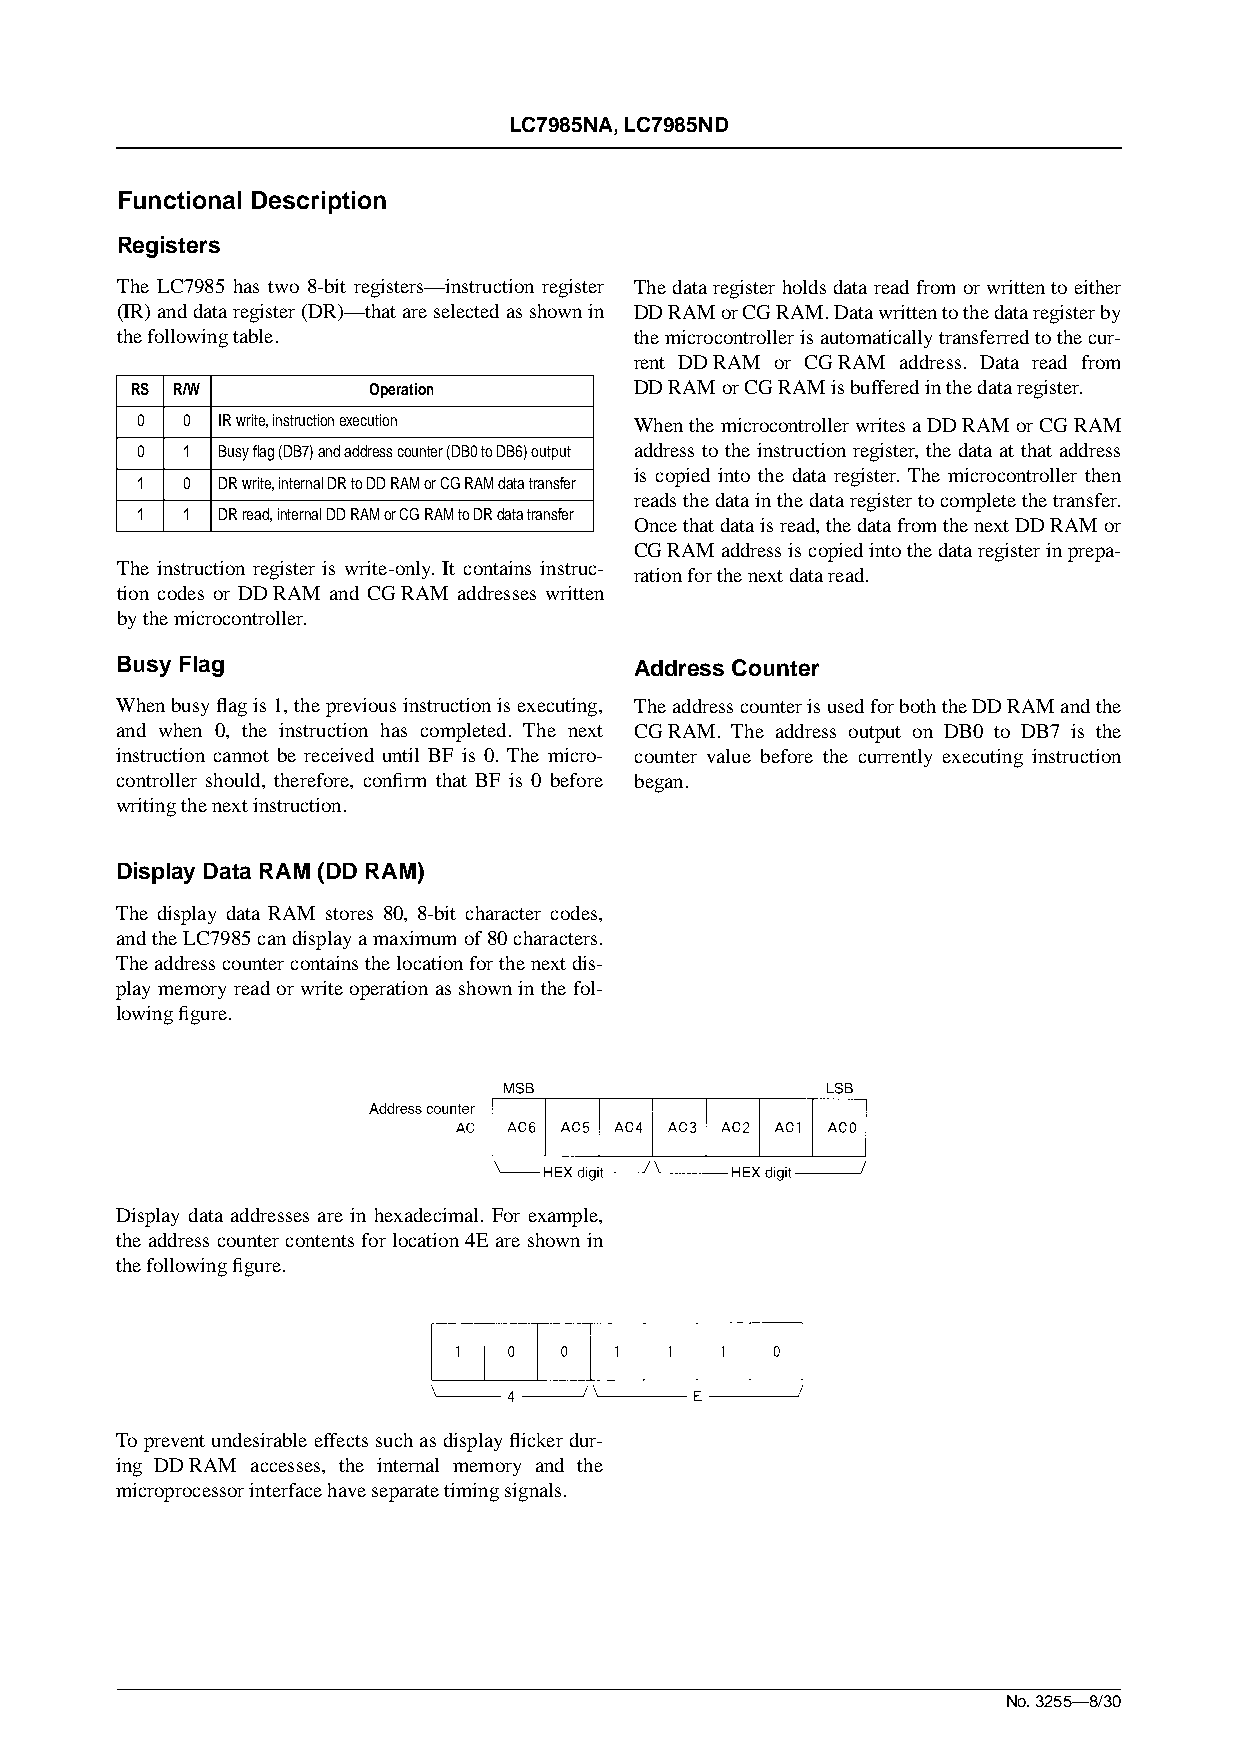
LC7985NA, LC7985ND
 Functional Description
 Registers
 The LC7985 has two 8-bit registers—instruction register The data register holds data read from or written to either
 (IR) and data register (DR)—that are selected as shown in DD RAM or CG RAM. Data written to the data register by
 the following table.              the microcontroller is automatically transferred to the cur-
 rent DD RAM or CG RAM address. Data read from
 RS R/W         Operation         DD RAM or CG RAM is buffered in the data register.
 0  0  IR write, instruction execution When the microcontroller writes a DD RAM or CG RAM
 0  1  Busy flag (DB7) and address counter (DB0 to DB6) output address to the instruction register, the data at that address
 is copied into the data register. The microcontroller then
 1  0  DR write, internal DR to DD RAM or CG RAM data transfer
 reads the data in the data register to complete the transfer.
 1  1  DR read, internal DD RAM or CG RAM to DR data transfer
 Once that data is read, the data from the next DD RAM or
 CG RAM address is copied into the data register in prepa-
 The instruction register is write-only. It contains instruc-
 ration for the next data read.
 tion codes or DD RAM and CG RAM addresses written
 by the microcontroller.
 Busy Flag                         Address Counter
 When busy flag is 1, the previous instruction is executing, The address counter is used for both the DD RAM and the
 and when 0, the instruction has completed. The next CG RAM. The address output on DB0 to DB7 is the
 instruction cannot be received until BF is 0. The micro- counter value before the currently executing instruction
 controller should, therefore, confirm that BF is 0 before began.
 writing the next instruction.
 Display Data RAM (DD RAM)
 The display data RAM stores 80, 8-bit character codes,
 and the LC7985 can display a maximum of 80 characters.
 The address counter contains the location for the next dis-
 play memory read or write operation as shown in the fol-
 lowing figure.
 Display data addresses are in hexadecimal. For example,
 the address counter contents for location 4E are shown in
 the following figure.
 To prevent undesirable effects such as display flicker dur-
 ing DD RAM accesses, the internal memory and the
 microprocessor interface have separate timing signals.
 No. 3255—8/30